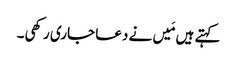
کہتے ہیں مَیں نے دعا جاری رکھی۔